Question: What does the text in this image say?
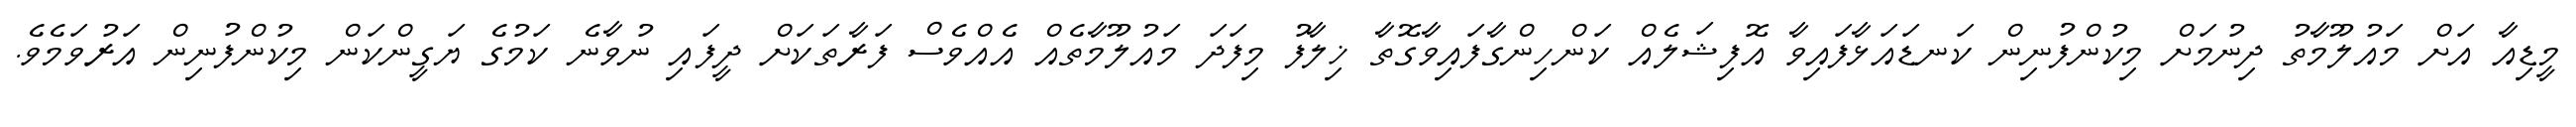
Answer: މީޑިއާ އަށް މައުލޫމާތު ދިނުމަށް މިކުންފުނިން ކަނޑައަޅާފައިވާ އޮފިޝަލެއް ކަންހިންގާފައިވާގޮތާ ޚިލާފު މިފަދަ މައުލޫމާތެއް އެއްވެސް ފަރާތަކަށް ދީފައި ނުވާނެ ކަމުގެ ޔަގީންކަން މިކުންފުނިން އަރުވަމެވެ.